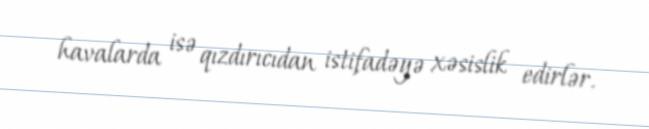
havalarda isə qızdırıcıdan istifadəyə xəsislik edirlər.